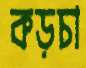
কড়চা